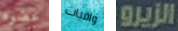
عضوه واقيات الزيرو